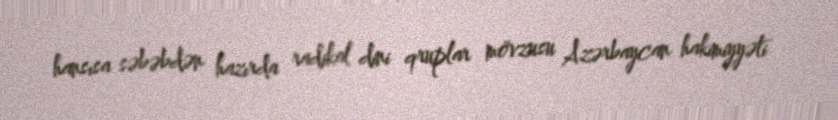
hansısa səbəbdən hazırda radikal dini qruplar mövzusu Azərbaycan hakimiyyəti